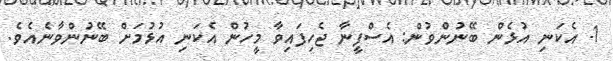
1- އެކަނި އުޅެން ބޭނުންވުން: އެސްފީނާ ޖެހިފައިވާ މީހުން އެކަނި އުޅުމަށް ބޭނުންވާނެއެވެ.